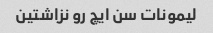
لیمونات سن ایچ رو نزاشتین